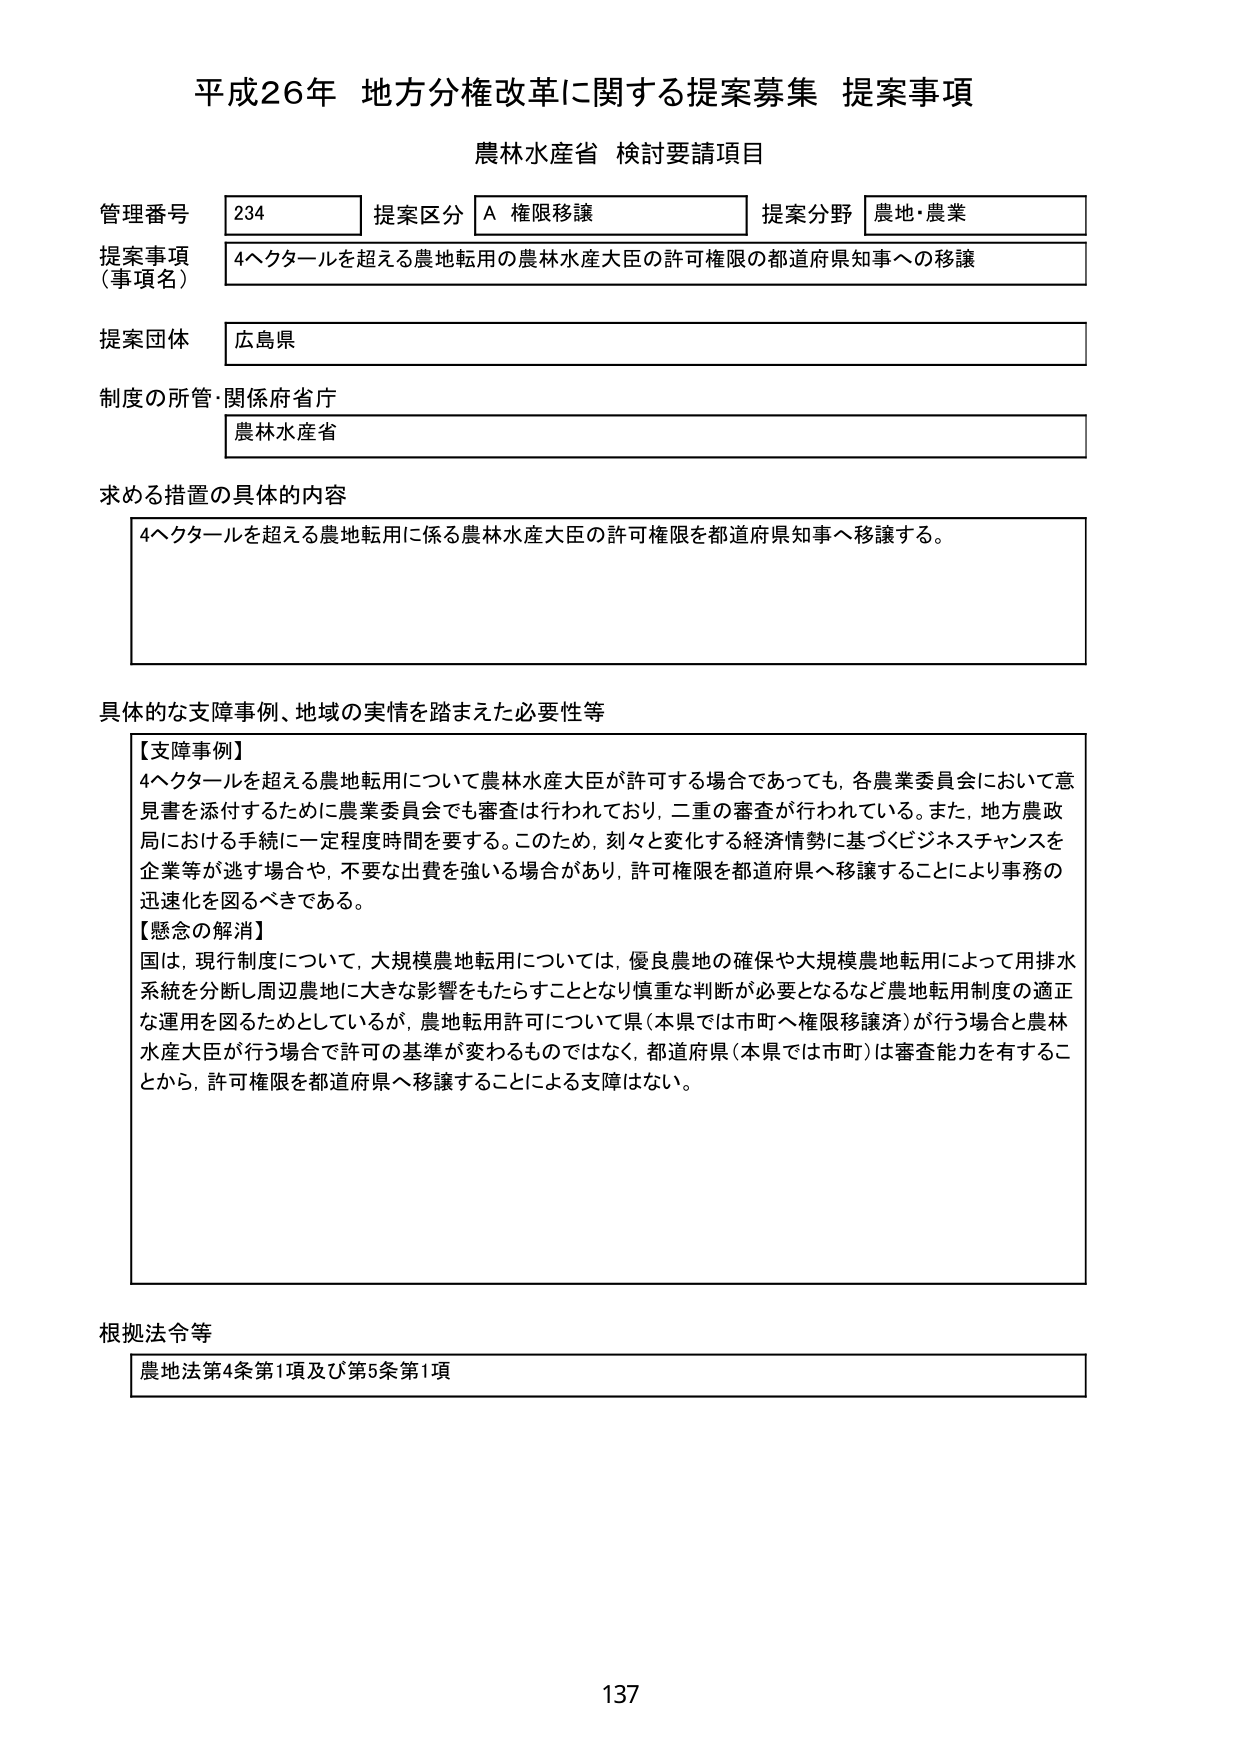
平成26年 地方分権改革に関する提案募集 提案事項
農林水産省 検討要請項目

管理番号 234 提案区分 A 権限移譲 提案分野 農地・農業
提案事項（事項名） 4ヘクタールを超える農地転用の農林水産大臣の許可権限の都道府県知事への移譲
提案団体 広島県
制度の所管・関係府省庁 農林水産省

求める措置の具体的内容
4ヘクタールを超える農地転用に係る農林水産大臣の許可権限を都道府県知事へ移譲する。

具体的な支障事例、地域の実情を踏まえた必要性等
【支障事例】
4ヘクタールを超える農地転用について農林水産大臣が許可する場合であっても、各農業委員会において意見書を添付するために農業委員会でも審査は行われており、二重の審査が行われている。また、地方農政局における手続に一定程度時間を要する。このため、刻々と変化する経済情勢に基づくビジネスチャンスを企業等が逃す場合や、不要な出費を強いられる場合があり、許可権限を都道府県へ移譲することにより事務の迅速化を図るべきである。
【懸念の解消】
国は、現行制度について、大規模農地転用については、優良農地の確保や大規模農地転用によって用排水系統を分断し周辺農地に大きな影響をもたらすこととなり慎重な判断が必要となるなど農地転用制度の適正な運用を図るためとしているが、農地転用許可について県（本県では市町へ権限移譲済）が行う場合と農林水産大臣が行う場合で許可の基準が変わるものではなく、都道府県（本県では市町）は審査能力を有することから、許可権限を都道府県へ移譲することによる支障はない。

根拠法令等
農地法第4条第1項及び第5条第1項

137